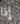
إذا